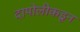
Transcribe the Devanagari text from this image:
दापोलीकडून